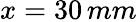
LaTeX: x=30\, mm